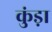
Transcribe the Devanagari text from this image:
कुंड़ा